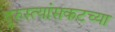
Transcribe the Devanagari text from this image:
दुरुस्त्यांसकटच्या